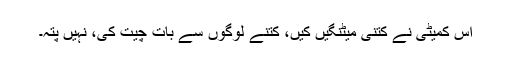
اس کمیٹی نے کتنی میٹنگیں کیں، کتنے لوگوں سے بات چیت کی، نہیں پتہ۔